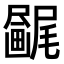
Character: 𫥯